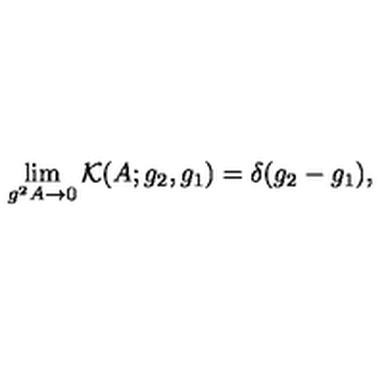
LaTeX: \lim _ { g ^ { 2 } A \to 0 } \mathcal { K } ( A ; g _ { 2 } , g _ { 1 } ) = \delta ( g _ { 2 } - g _ { 1 } ) ,